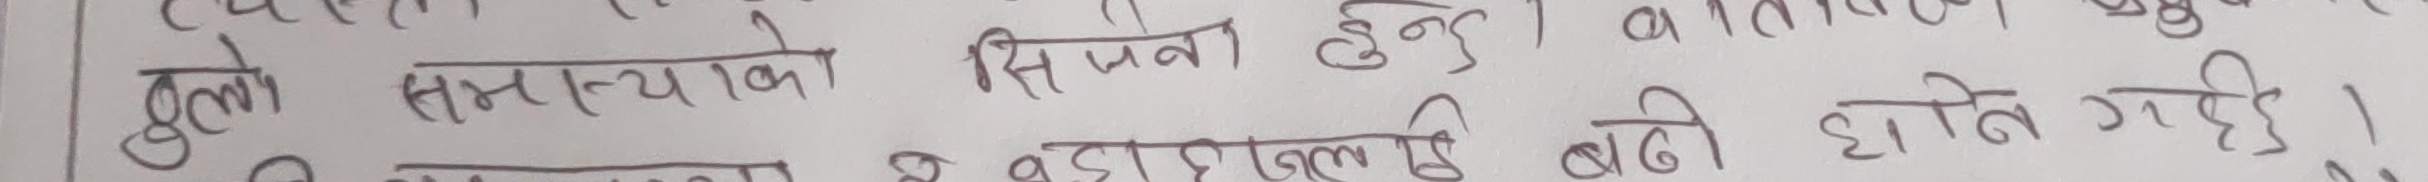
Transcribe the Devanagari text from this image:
ठुलो समस्याको सिर्जना हुन्छ ।
बढी हुने गर्छ ।